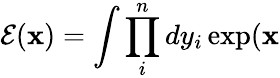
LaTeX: \mathcal{E}(\mathbf{x})=\int\prod_{i}^{n}dy_{i}\exp(\mathbf{x}